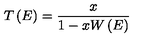
T \left( E \right) = { \frac { x } { 1 - x W \left( E \right) } }